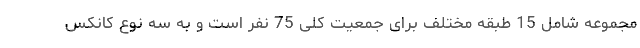
مجموعه شامل 15 طبقه مختلف برای جمعیت کلی 75 نفر است و به سه نوع کانکس